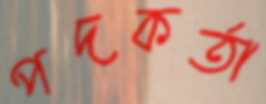
পদকর্তা